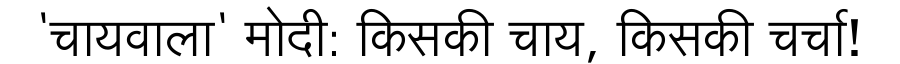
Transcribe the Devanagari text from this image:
'चायवाला' मोदी: किसकी चाय, किसकी चर्चा!